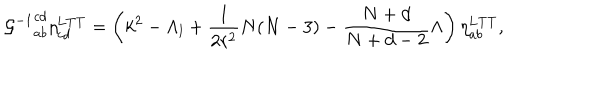
LaTeX: { { \cal G } ^ { - 1 } } _ { a b } ^ { c d } \eta _ { c d } ^ { \mathrm { L T T } } = \left( k ^ { 2 } - \Lambda _ { l } + \frac { 1 } { 2 r ^ { 2 } } N ( N - 3 ) - \frac { N + d } { N + d - 2 } \Lambda \right) \eta _ { a b } ^ { \mathrm { L T T } } ,